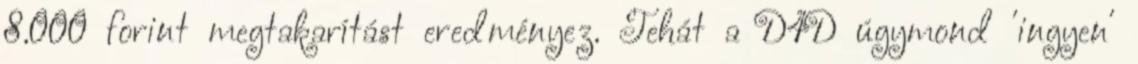
8.000 forint megtakarítást eredményez. Tehát a D4D úgymond 'ingyen'